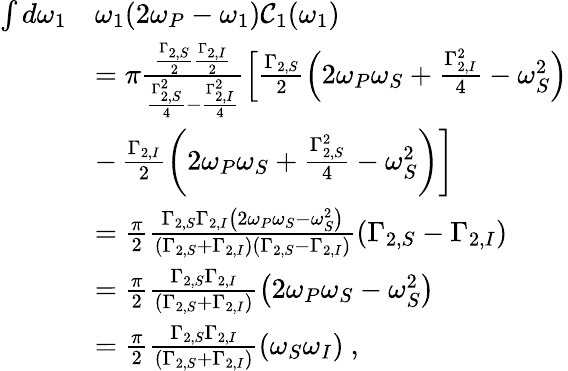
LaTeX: \begin{array}{rl}{\int d\omega_{1}}&{\omega_{1}(2\omega_{P}-\omega_{1})\mathcal{C}_{1}(\omega_{1})}\\ &{=\pi\frac{\frac{\Gamma_{2,S}}{2}\frac{\Gamma_{2,I}}{2}}{\frac{\Gamma_{2,S}^{2}}{4}-\frac{\Gamma_{2,I}^{2}}{4}}\left[\frac{\Gamma_{2,S}}{2}\left(2\omega_{P}\omega_{S}+\frac{\Gamma_{2,I}^{2}}{4}-\omega_{S}^{2}\right)\right.}\\ &{-\left.\frac{\Gamma_{2,I}}{2}\left(2\omega_{P}\omega_{S}+\frac{\Gamma_{2,S}^{2}}{4}-\omega_{S}^{2}\right)\right]}\\ &{=\frac{\pi}{2}\frac{\Gamma_{2,S}\Gamma_{2,I}\left(2\omega_{P}\omega_{S}-\omega_{S}^{2}\right)}{\left(\Gamma_{2,S}+\Gamma_{2,I}\right)\left(\Gamma_{2,S}-\Gamma_{2,I}\right)}\left(\Gamma_{2,S}-\Gamma_{2,I}\right)}\\ &{=\frac{\pi}{2}\frac{\Gamma_{2,S}\Gamma_{2,I}}{\left(\Gamma_{2,S}+\Gamma_{2,I}\right)}\left(2\omega_{P}\omega_{S}-\omega_{S}^{2}\right)}\\ &{=\frac{\pi}{2}\frac{\Gamma_{2,S}\Gamma_{2,I}}{\left(\Gamma_{2,S}+\Gamma_{2,I}\right)}\left(\omega_{S}\omega_{I}\right)\ ,}\end{array}